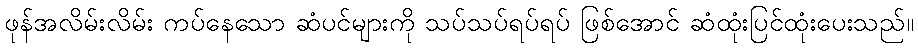
ဖုန်အလိမ်းလိမ်း ကပ်နေသော ဆံပင်များကို သပ်သပ်ရပ်ရပ် ဖြစ်အောင် ဆံထုံးပြင်ထုံးပေးသည်။